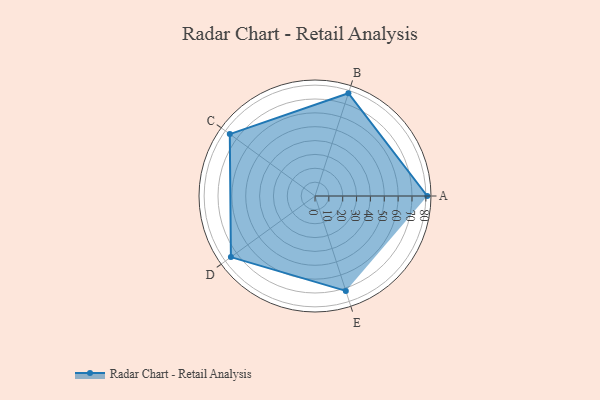
{"axis": {"x": "Skill", "y": "Score"}, "legend": ["Profile"], "data": [{"x": "A", "y": 81.0, "type": "Profile"}, {"x": "B", "y": 78.0, "type": "Profile"}, {"x": "C", "y": 76.0, "type": "Profile"}, {"x": "D", "y": 75.0, "type": "Profile"}, {"x": "E", "y": 72.0, "type": "Profile"}]}